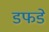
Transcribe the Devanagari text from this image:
डफडे